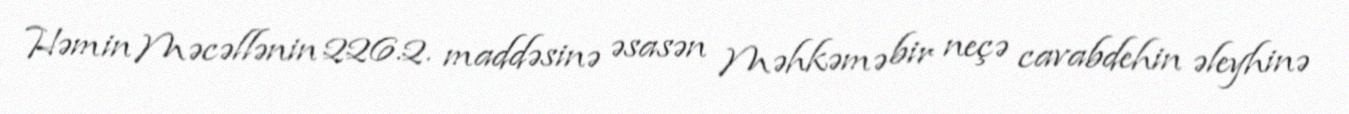
Həmin Məcəllənin 226.2. maddəsinə əsasən Məhkəmə bir neçə cavabdehin əleyhinə